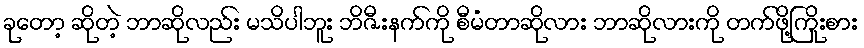
ခုတော့ ဆိုတဲ့ ဘာဆိုလည်း မသိပါဘူး ဘိဇီးနက်ကို စီမံတာဆိုလား ဘာဆိုလားကို တက်ဖို့ကြိုးစား